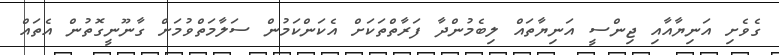
ގެވެށި އަނިޔާއާއި ޖިންސީ އަނިޔާތައް ލިބެމުންދާ ފަރާތްތަކަށް އެކަންކަމުން ސަލާމަތްވުމަށް ގާނޫނީގޮތުން އެތައް